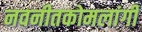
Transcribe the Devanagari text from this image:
नवनीतकोमलांगी